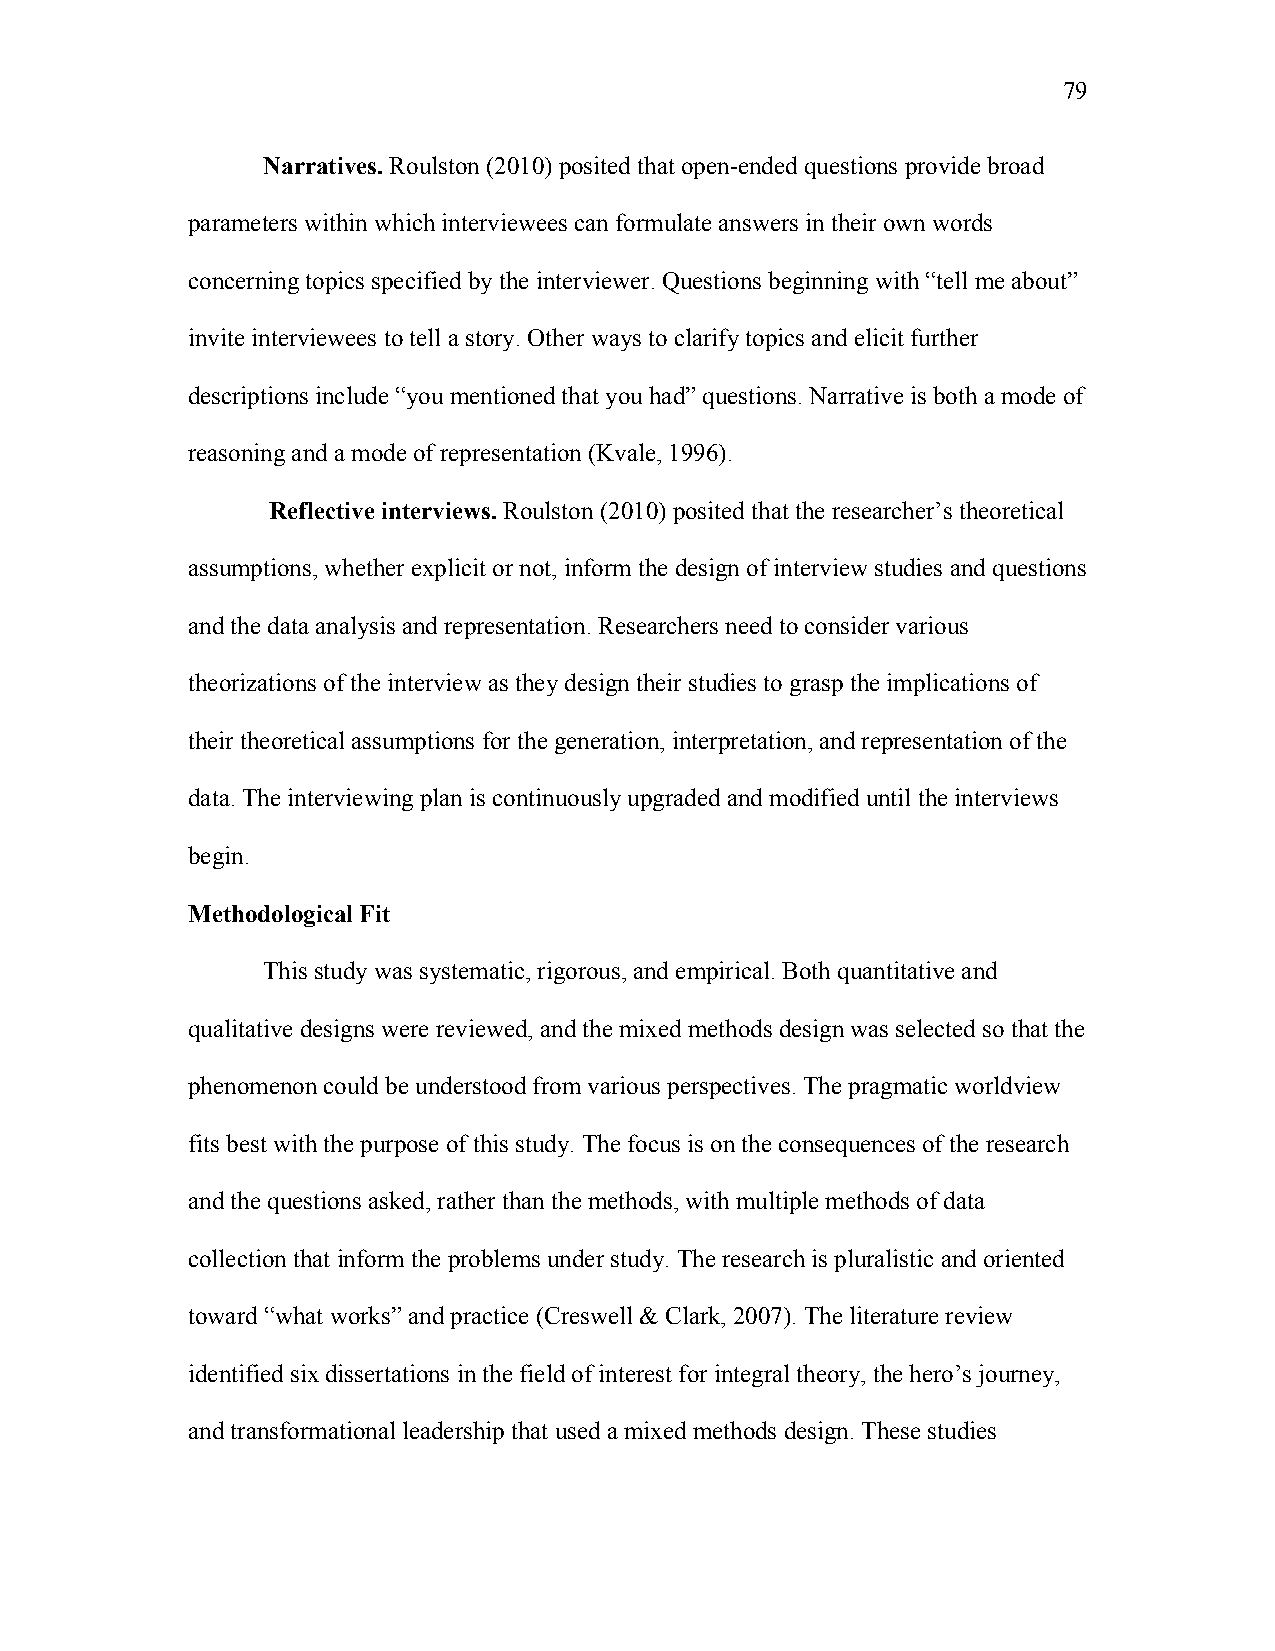
79
 Narratives. Roulston (2010) posited that open-ended questions provide broad
 parameters within which interviewees can formulate answers in their own words
 concerning topics specified by the interviewer. Questions beginning with “tell me about”
 invite interviewees to tell a story. Other ways to clarify topics and elicit further
 descriptions include “you mentioned that you had” questions. Narrative is both a mode of
 reasoning and a mode of representation (Kvale, 1996).
 Reflective interviews. Roulston (2010) posited that the researcher’s theoretical
 assumptions, whether explicit or not, inform the design of interview studies and questions
 and the data analysis and representation. Researchers need to consider various
 theorizations of the interview as they design their studies to grasp the implications of
 their theoretical assumptions for the generation, interpretation, and representation of the
 data. The interviewing plan is continuously upgraded and modified until the interviews
 begin.
 Methodological Fit
 This study was systematic, rigorous, and empirical. Both quantitative and
 qualitative designs were reviewed, and the mixed methods design was selected so that the
 phenomenon could be understood from various perspectives. The pragmatic worldview
 fits best with the purpose of this study. The focus is on the consequences of the research
 and the questions asked, rather than the methods, with multiple methods of data
 collection that inform the problems under study. The research is pluralistic and oriented
 toward “what works” and practice (Creswell & Clark, 2007). The literature review
 identified six dissertations in the field of interest for integral theory, the hero’s journey,
 and transformational leadership that used a mixed methods design. These studies